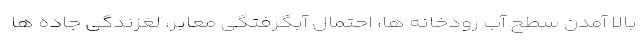
بالا آمدن سطح آب رودخانه ها، احتمال آبگرفتگی معابر، لغزندگی جاده ها